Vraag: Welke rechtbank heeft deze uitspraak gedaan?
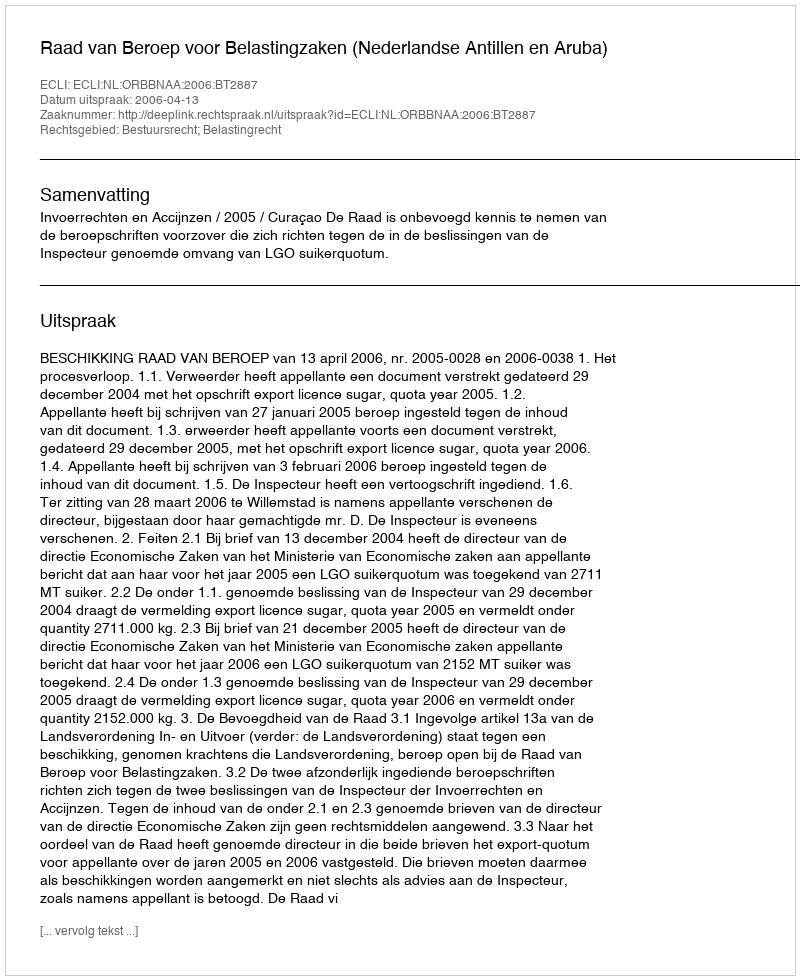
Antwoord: Raad van Beroep voor Belastingzaken (Nederlandse Antillen en Aruba)